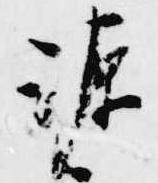
源